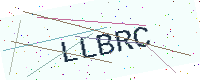
Text: LLBRC